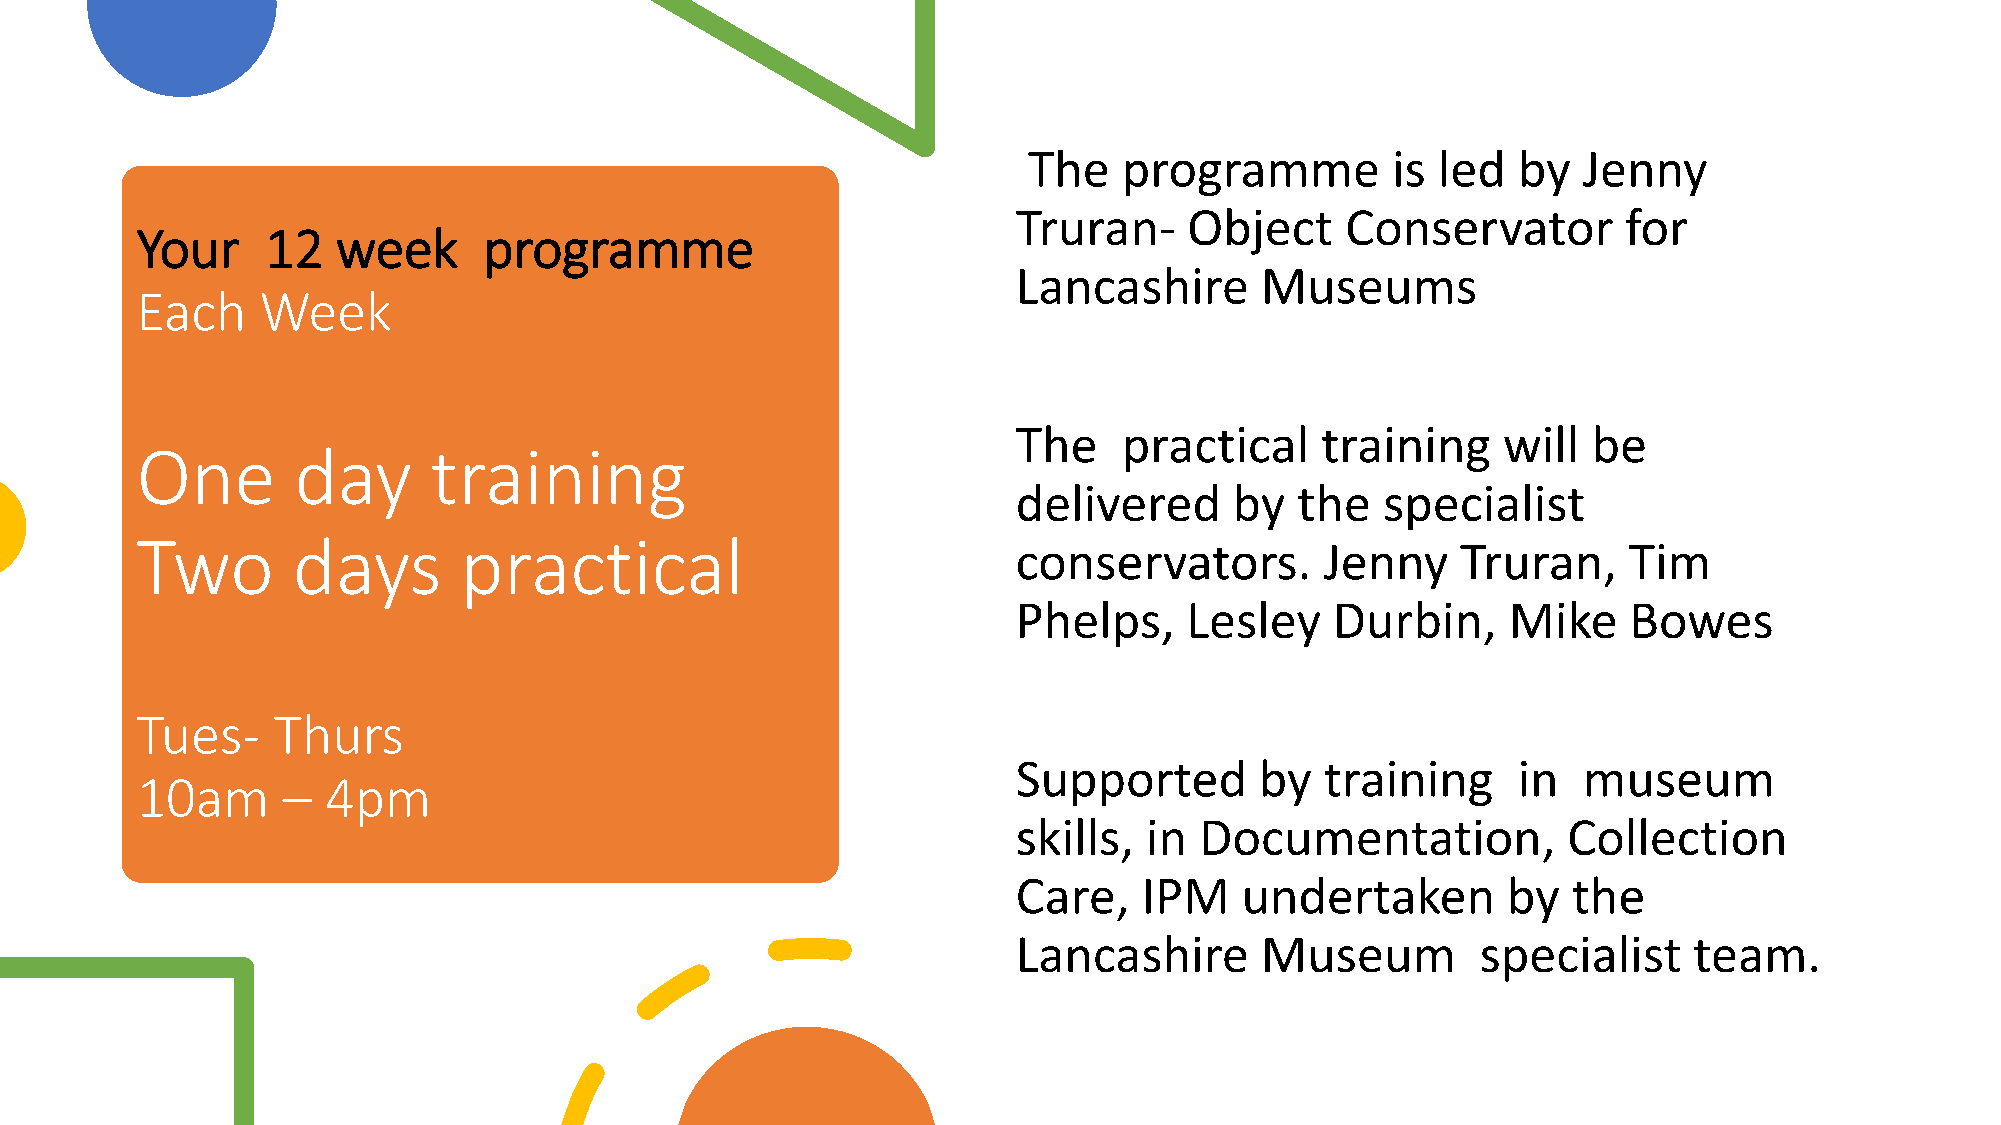
The   programme         is led  by   Jenny
 Truran-     Object    Conservator        for
 Your     12  week      programme
 Lancashire      Museums
 Each    Week
 The    practical    training    will  be
 One       day       training
 delivered      by  the   specialist
 Two       days       practical
 conservators.        Jenny    Truran,    Tim
 Phelps,    Lesley    Durbin,     Mike    Bowes
 Tues-    Thurs
 Supported       by   training    in   museum
 10am      –  4pm
 skills,  in Documentation,           Collection
 Care,    IPM   undertaken        by  the
 Lancashire      Museum         specialist    team.